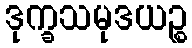
ဒုက္ခသမုဒယဉ္စ